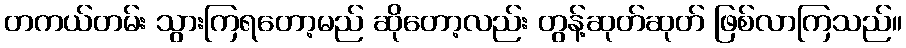
တကယ်တမ်း သွားကြရတော့မည် ဆိုတော့လည်း တွန့်ဆုတ်ဆုတ် ဖြစ်လာကြသည်။